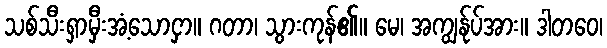
သစ်သီးရှာမှီးအံ့သောငှာ။ ဂတာ၊ သွားကုန်၏။ မေ၊ အကျွန်ုပ်အား။ ဒါတဝေ၊